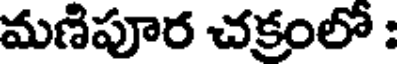
మణిపూర చక్రంలో :